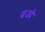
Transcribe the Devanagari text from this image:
बज्पे